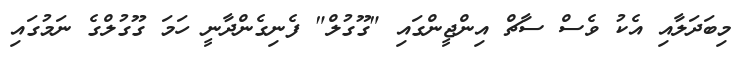
މިބަދަލާއި އެކު ވެސް ސާޗް އިންޖީންގައި "ގޫގުލް" ފެނިގެންދާނީ ހަމަ ގޫގުލްގެ ނަމުގައި